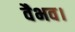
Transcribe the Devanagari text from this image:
वैभव।